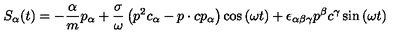
S _ { \alpha } ( t ) = - \frac \alpha m p _ { \alpha } + \frac \sigma \omega \left( p ^ { 2 } c _ { \alpha } - p \cdot c p _ { \alpha } \right) \cos \left( \omega t \right) + \epsilon _ { \alpha \beta \gamma } p ^ { \beta } c ^ { \gamma } \sin \left( \omega t \right)